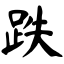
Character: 跌